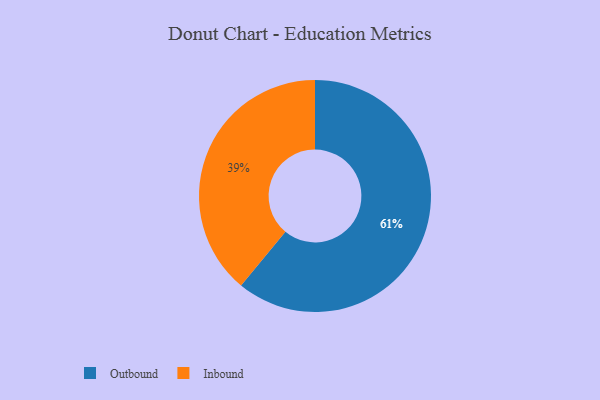
{"axis": {"x": "Category", "y": "Percentage"}, "legend": ["Inbound", "Outbound"], "data": [{"x": "Outbound", "y": 61, "type": "Outbound"}, {"x": "Inbound", "y": 39, "type": "Inbound"}]}